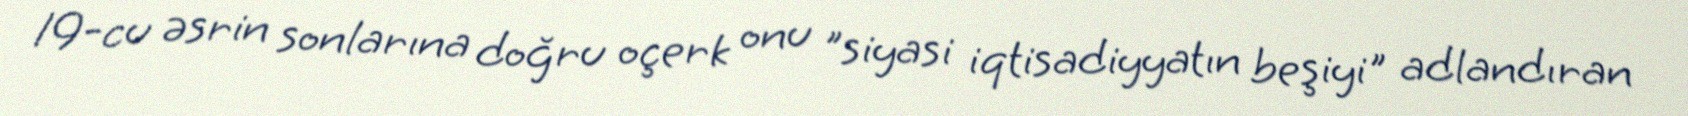
19-cu əsrin sonlarına doğru oçerk onu "siyasi iqtisadiyyatın beşiyi" adlandıran